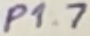
Text: P1.7